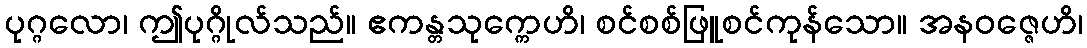
ပုဂ္ဂလော၊ ဤပုဂ္ဂိုလ်သည်။ ဧကန္တသုက္ကေဟိ၊ စင်စစ်ဖြူစင်ကုန်သော။ အနဝဇ္ဇေဟိ၊